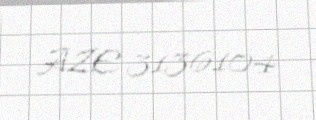
AZE 3136104